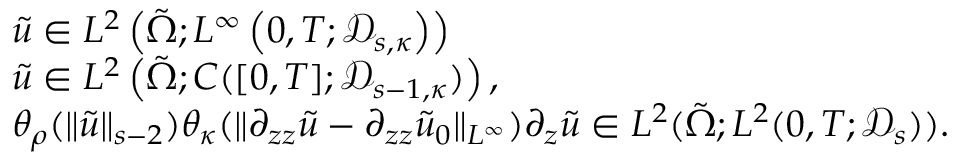
\begin{array} { r l } & { \tilde { u } \in L ^ { 2 } \left( \tilde { \Omega } ; L ^ { \infty } \left( 0 , T ; \mathcal D _ { s , \kappa } \right) \right) } \\ & { \tilde { u } \in L ^ { 2 } \left( \tilde { \Omega } ; C ( [ 0 , T ] ; \mathcal D _ { s - 1 , \kappa } ) \right) , } \\ & { \theta _ { \rho } ( \| \tilde { u } \| _ { s - 2 } ) \theta _ { \kappa } ( \| \partial _ { z z } \tilde { u } - \partial _ { z z } \tilde { u } _ { 0 } \| _ { L ^ { \infty } } ) \partial _ { z } \tilde { u } \in L ^ { 2 } ( \tilde { \Omega } ; L ^ { 2 } ( 0 , T ; \mathcal D _ { s } ) ) . } \end{array}